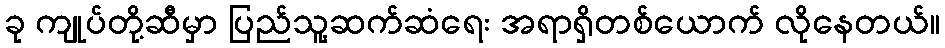
ခု ကျုပ်တို့ဆီမှာ ပြည်သူ့ဆက်ဆံရေး အရာရှိတစ်ယောက် လိုနေတယ်။